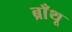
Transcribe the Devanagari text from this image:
ब्राँथू